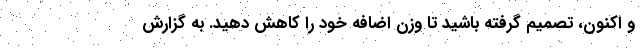
و اکنون، تصمیم گرفته باشید تا وزن اضافه خود را کاهش دهید. به گزارش